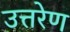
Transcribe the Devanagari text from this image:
उत्तरेण